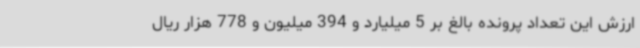
ارزش این تعداد پرونده بالغ بر 5 میلیارد و 394 میلیون و 778 هزار ریال